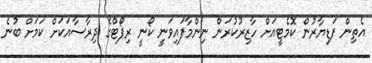
އެތިން ފަޑިޔާރުން ކޮމެޓީއަށް ހާޒިރުކުރަން ނިންމާފައިވަނީ ކޯނީ ރިޕޯޓްގެ ދިރާސާއަކަށް ކަމަށް ބުނެ